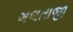
ગલતાજી